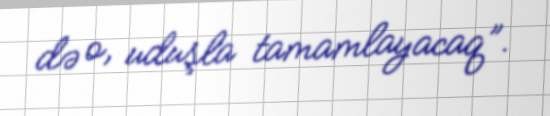
də o, uduşla tamamlayacaq”.